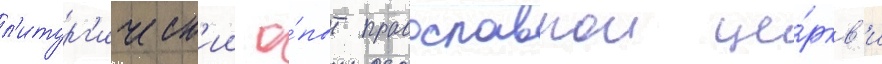
л'итург'ическ'ии о́пыт православнои це́ркв'и